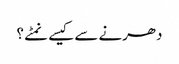
دھرنے سے کیسے نمٹے ؟